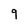
Character: 9